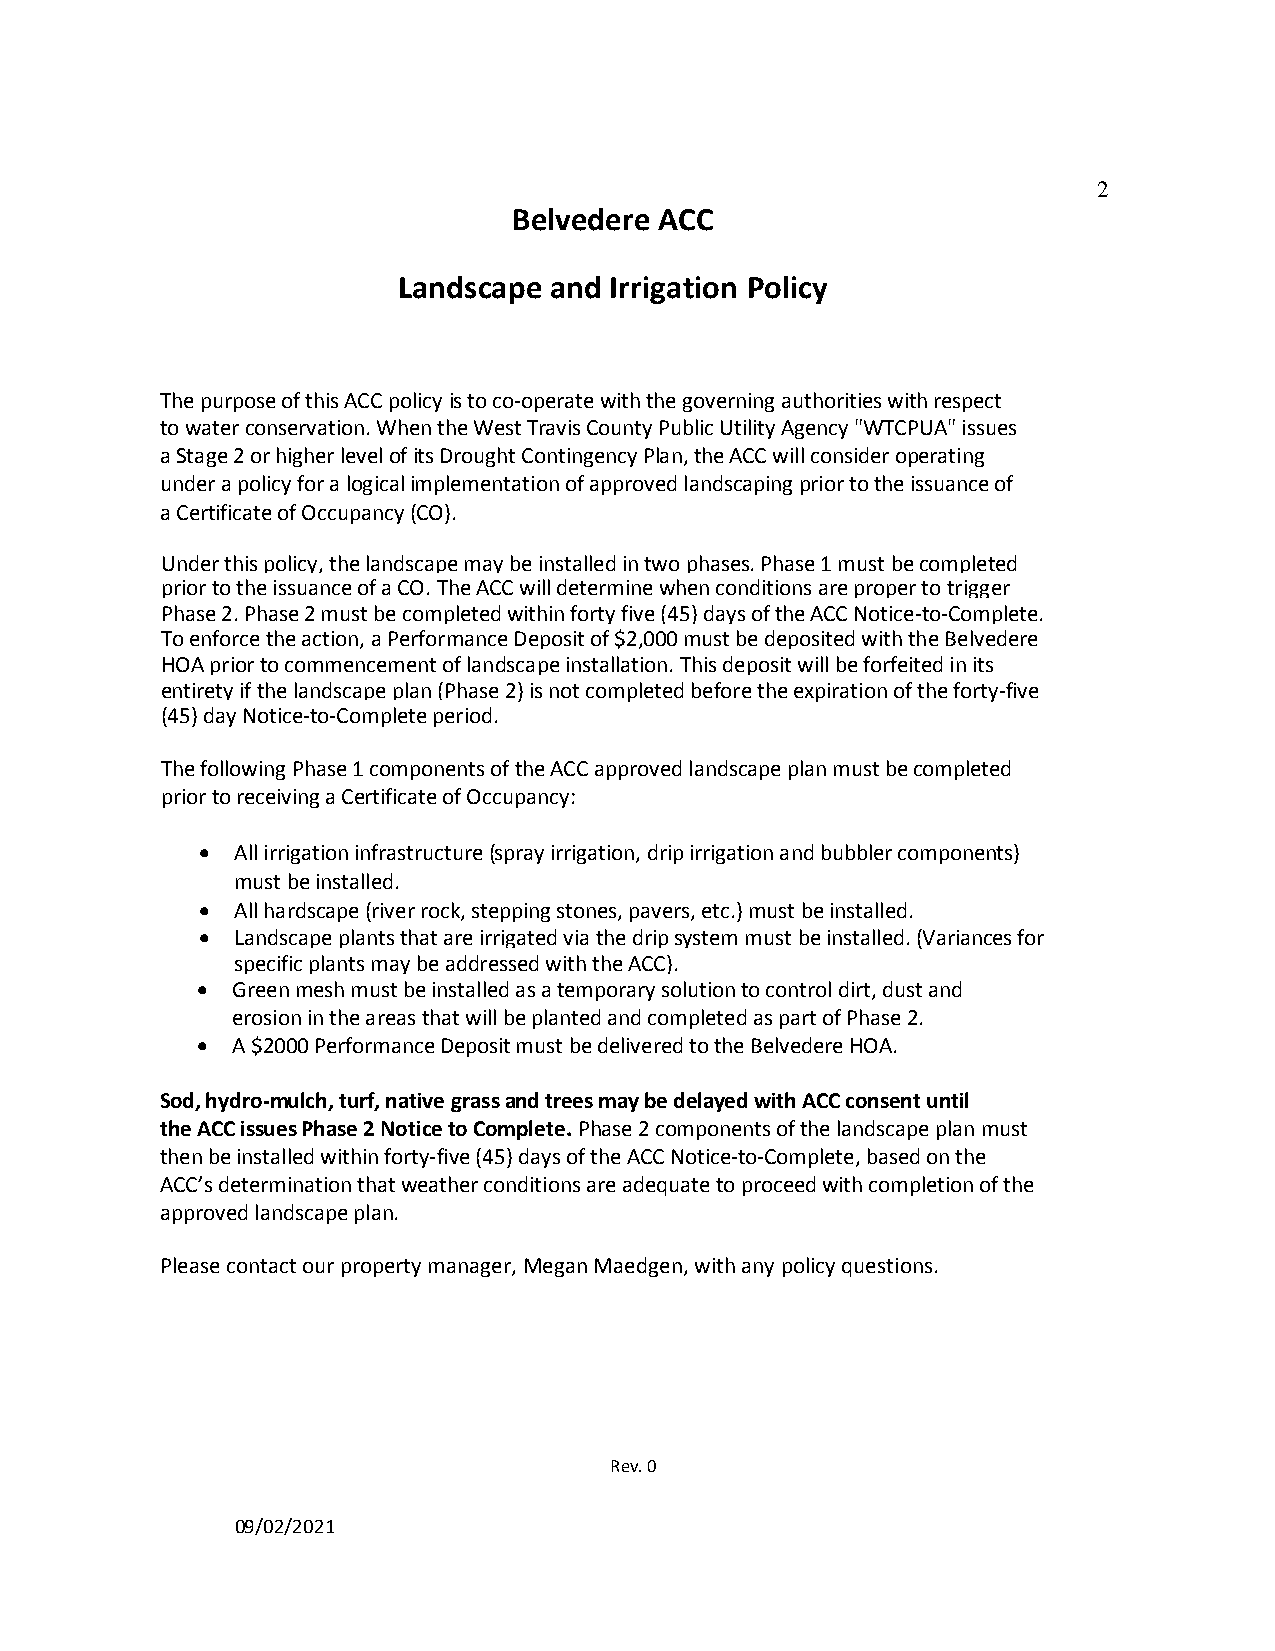
2
 Belvedere ACC
 Landscape and Irrigation Policy
 The purpose of this ACC policy is to co-operate with the governing authorities with respect
 to water conservation. When the West Travis County Public Utility Agency "WTCPUA" issues
 a Stage 2 or higher level of its Drought Contingency Plan, the ACC will consider operating
 under a policy for a logical implementation of approved landscaping prior to the issuance of
 a Certificate of Occupancy (CO).
 Under this policy, the landscape may be installed in two phases. Phase 1 must be completed
 prior to the issuance of a CO. The ACC will determine when conditions are proper to trigger
 Phase 2. Phase 2 must be completed within forty five (45) days of the ACC Notice-to-Complete.
 To enforce the action, a Performance Deposit of $2,000 must be deposited with the Belvedere
 HOA prior to commencement of landscape installation. This deposit will be forfeited in its
 entirety if the landscape plan (Phase 2) is not completed before the expiration of the forty-five
 (45) day Notice-to-Complete period.
 The following Phase 1 components of the ACC approved landscape plan must be completed
 prior to receiving a Certificate of Occupancy:
   All irrigation infrastructure (spray irrigation, drip irrigation and bubbler components)
 must be installed.
   All hardscape (river rock, stepping stones, pavers, etc.) must be installed.
   Landscape plants that are irrigated via the drip system must be installed. (Variances for
 specific plants may be addressed with the ACC).
  Green mesh must be installed as a temporary solution to control dirt, dust and
 erosion in the areas that will be planted and completed as part of Phase 2.
  A $2000 Performance Deposit must be delivered to the Belvedere HOA.
 Sod, hydro-mulch, turf, native grass and trees may be delayed with ACC consent until
 the ACC issues Phase 2 Notice to Complete. Phase 2 components of the landscape plan must
 then be installed within forty-five (45) days of the ACC Notice-to-Complete, based on the
 ACC’s determination that weather conditions are adequate to proceed with completion of the
 approved landscape plan.
 Please contact our property manager, Megan Maedgen, with any policy questions.
 Rev. 0
 09/02/2021